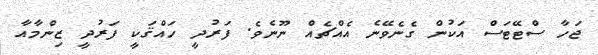
ޖަހާ ސްޓޭޓަސް އަކުން ގެނެވޭނެ އެއްޗެއް ނޫނެވެ. ފަރުދީ ހައްޤަކީ ފަރުދީ ޒިންމާއާ